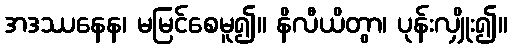
အဒဿနေန၊ မမြင်စေမူ၍။ နိလီယိတွာ၊ ပုန်းလျှိုး၍။